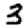
Digit: 3